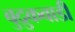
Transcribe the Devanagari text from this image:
बुद्रुकवाडी